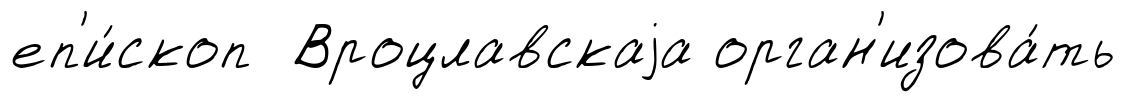
еп'и́скоп Вроцлавскаjа орган'изова́ть